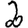
Digit: 2